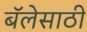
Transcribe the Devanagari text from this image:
बॅलेसाठी